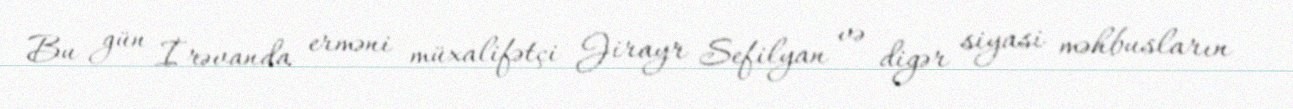
Bu gün İrəvanda erməni müxalifətçi Jirayr Sefilyan və digər siyasi məhbusların